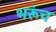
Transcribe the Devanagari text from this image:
भरूंच